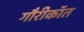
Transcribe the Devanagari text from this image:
गौरीकॉत